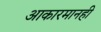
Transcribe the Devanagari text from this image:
आकारमानही